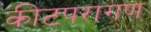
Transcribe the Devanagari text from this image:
कीटपरागण